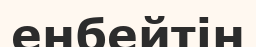
енбейтін